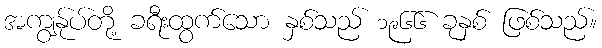
အကျွန်ုပ်တို့ ခရီးထွက်သော နှစ်သည် ၁၉၆၆ ခုနှစ် ဖြစ်သည်။